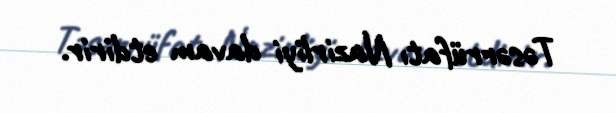
Təsərrüfatı Nazirliyi davam etdirir.